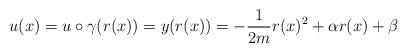
LaTeX: \begin{align*}u(x)=u\circ\gamma(r(x))=y(r(x))=-\dfrac{1}{2m}r(x)^2+\alpha r(x)+\beta\end{align*}